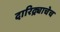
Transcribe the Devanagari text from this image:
दारिद्र्याचेच